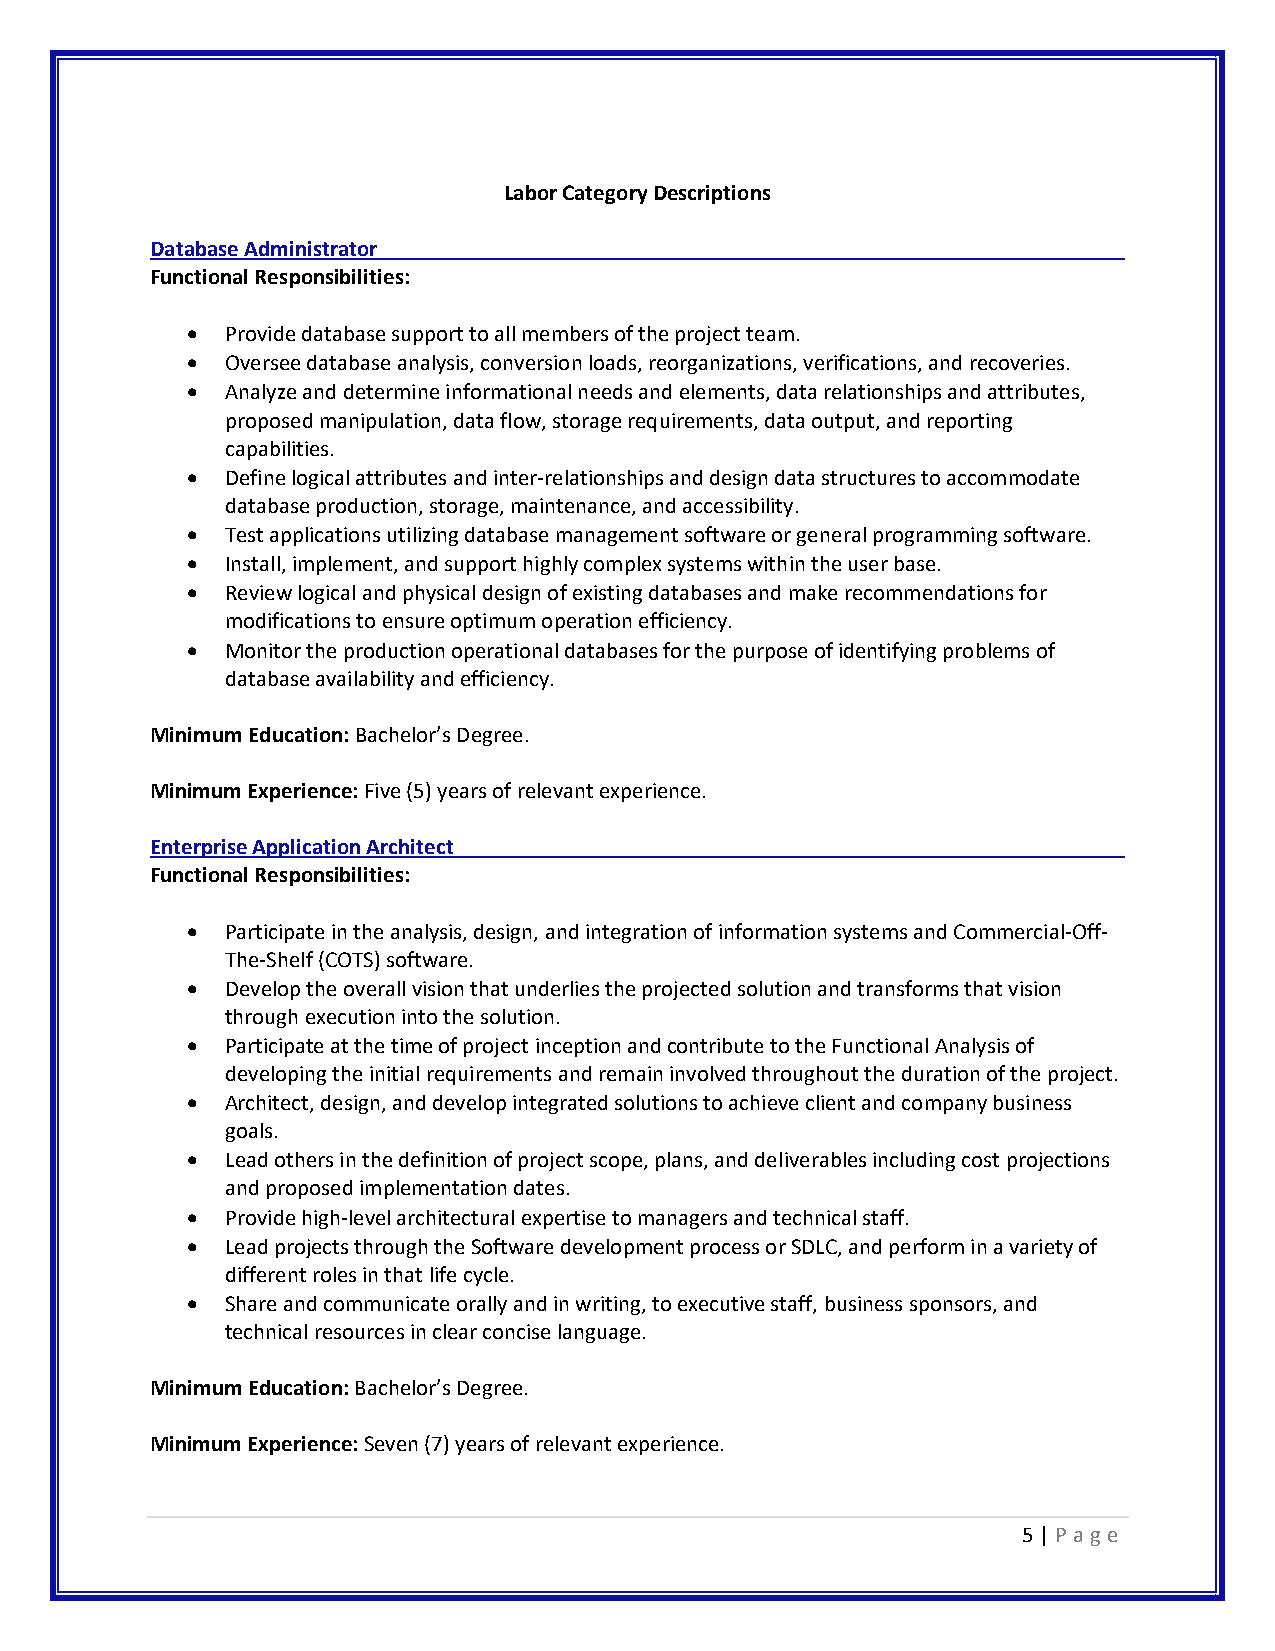
Labor Category Descriptions
 Database Administrator
 Functional Responsibilities:
 •  Provide database support to all members of the project team.
 •  Oversee database analysis, conversion loads, reorganizations, verifications, and recoveries.
 •  Analyze and determine informational needs and elements, data relationships and attributes,
 proposed manipulation, data flow, storage requirements, data output, and reporting
 capabilities.
 •  Define logical attributes and inter-relationships and design data structures to accommodate
 database production, storage, maintenance, and accessibility.
 •  Test applications utilizing database management software or general programming software.
 •  Install, implement, and support highly complex systems within the user base.
 •  Review logical and physical design of existing databases and make recommendations for
 modifications to ensure optimum operation efficiency.
 •  Monitor the production operational databases for the purpose of identifying problems of
 database availability and efficiency.
 Minimum Education: Bachelor’s Degree.
 Minimum Experience: Five (5) years of relevant experience.
 Enterprise Application Architect
 Functional Responsibilities:
 •  Participate in the analysis, design, and integration of information systems and Commercial-Off-
 The-Shelf (COTS) software.
 •  Develop the overall vision that underlies the projected solution and transforms that vision
 through execution into the solution.
 •  Participate at the time of project inception and contribute to the Functional Analysis of
 developing the initial requirements and remain involved throughout the duration of the project.
 •  Architect, design, and develop integrated solutions to achieve client and company business
 goals.
 •  Lead others in the definition of project scope, plans, and deliverables including cost projections
 and proposed implementation dates.
 •  Provide high-level architectural expertise to managers and technical staff.
 •  Lead projects through the Software development process or SDLC, and perform in a variety of
 different roles in that life cycle.
 •  Share and communicate orally and in writing, to executive staff, business sponsors, and
 technical resources in clear concise language.
 Minimum Education: Bachelor’s Degree.
 Minimum Experience: Seven (7) years of relevant experience.
 5 | P a ge